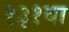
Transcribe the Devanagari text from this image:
१३१वा